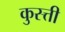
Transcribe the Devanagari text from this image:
कुस्त्ती